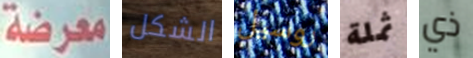
معرضة الشكل روسيل ثملة ذي